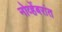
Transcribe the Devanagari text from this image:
नोव्हेंबरांत